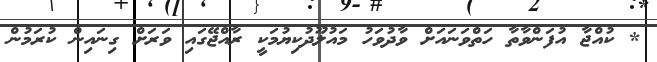
* ކުއްޖާ އުފަންވާތާ ހަތްވަނައަށް ވާދުވަހު މައުލޫދުކިޔުމަކީ ރާއްޖޭގައި ވަރަށް ގިނައިން ކުރަމުން